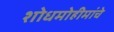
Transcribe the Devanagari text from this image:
शोधमोहीमांचे